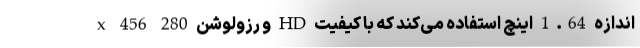
اندازه 1.64 اینچ استفاده می‌کند که با کیفیت HD و رزولوشن 280 x 456